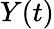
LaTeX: Y(t)